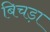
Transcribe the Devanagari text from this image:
बिचड़ा